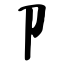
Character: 卩